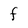
Character: f